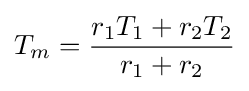
T_{m}={\frac {r_{1}T_{1}+r_{2}T_{2}}{r_{1}+r_{2}}}